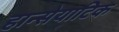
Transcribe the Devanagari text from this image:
हान्सेयाटिक